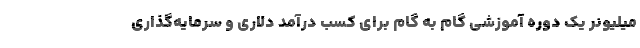
میلیونر یک دوره آموزشی گام به گام برای کسب درآمد دلاری و سرمایه‌گذاری